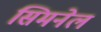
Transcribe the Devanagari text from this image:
सिमनेल